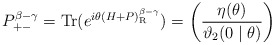
\begin{align*}P_{+-}^{\beta -\gamma }=\mathrm{Tr}(e^{i\theta (H+P)_{\mathrm{R}}^{\beta-\gamma }})=\left( \frac{\eta (\theta )}{\mathcal{\vartheta }_{2}(0\mid\theta )}\right)\end{align*}